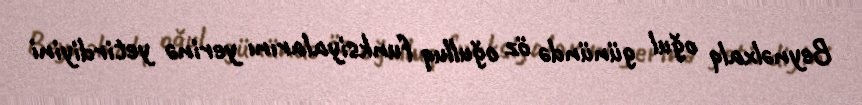
Beynəlxalq oğul günündə öz oğulluq funksiyalarını yerinə yetirdiyini